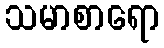
သမာစာရော